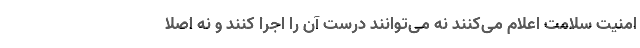
امنیت سلامت اعلام می‌کنند نه می‌توانند درست آن را اجرا کنند و نه اصلا